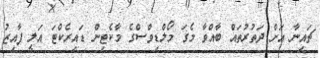
ޗައިނާ އަށް ދަތުރުތައް ބާއްވާ މެގަ މޯލްޑިވްސްގެ މާކެޓިން ޑައިރެކްޓަ އަލީ ފާއިޒު